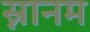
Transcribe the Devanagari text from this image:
स्नानम